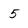
Character: 5